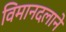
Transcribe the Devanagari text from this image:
विमानदलाने